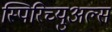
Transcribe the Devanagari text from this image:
स्पिरिच्युअल्स